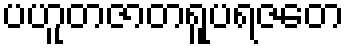
ပဟူတဇာတရူပရဇတေ